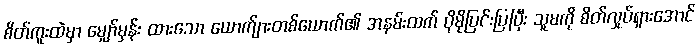
စိတ်ကူးထဲမှာ မျှော်မှန်း ထားသော ယောက်ျားတစ်ယောက်၏ အနမ်းထက် ပိုမိုပြင်းပြပြီး သူမကို စိတ်လှုပ်ရှားအောင်